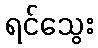
ရင်သွေး